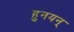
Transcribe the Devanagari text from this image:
हुनयन्